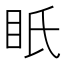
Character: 眂